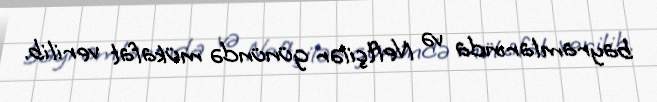
bayramlarında və Neftçilər günündə mükafat verilib.